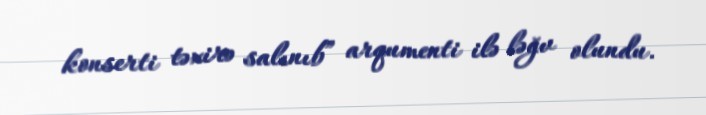
konserti təxirə salınıb” arqumenti ilə ləğv olundu.